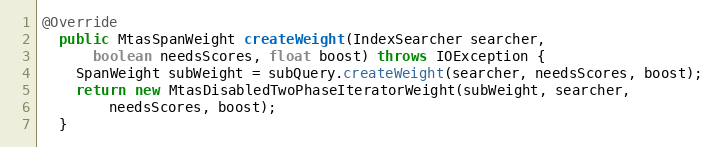
Language: Java
@Override
  public MtasSpanWeight createWeight(IndexSearcher searcher,
      boolean needsScores, float boost) throws IOException {
    SpanWeight subWeight = subQuery.createWeight(searcher, needsScores, boost);
    return new MtasDisabledTwoPhaseIteratorWeight(subWeight, searcher,
        needsScores, boost);
  }